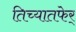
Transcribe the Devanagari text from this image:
तिच्यातफेर्